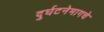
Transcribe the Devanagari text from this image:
दुर्घटनेमागचे